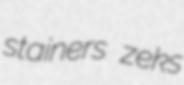
stainers zeks